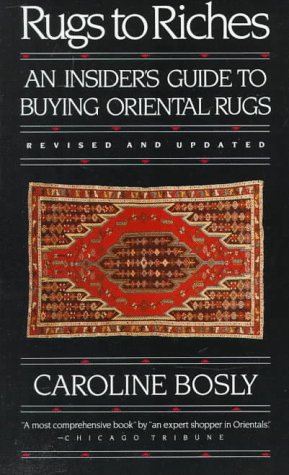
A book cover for Rugs to Riches: An Insider's Guide to Buying Oriental Rugs, Revised & Updated Edition; Caroline Bosly; Crafts, Hobbies & Home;